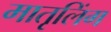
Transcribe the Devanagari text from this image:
मातृलिंग